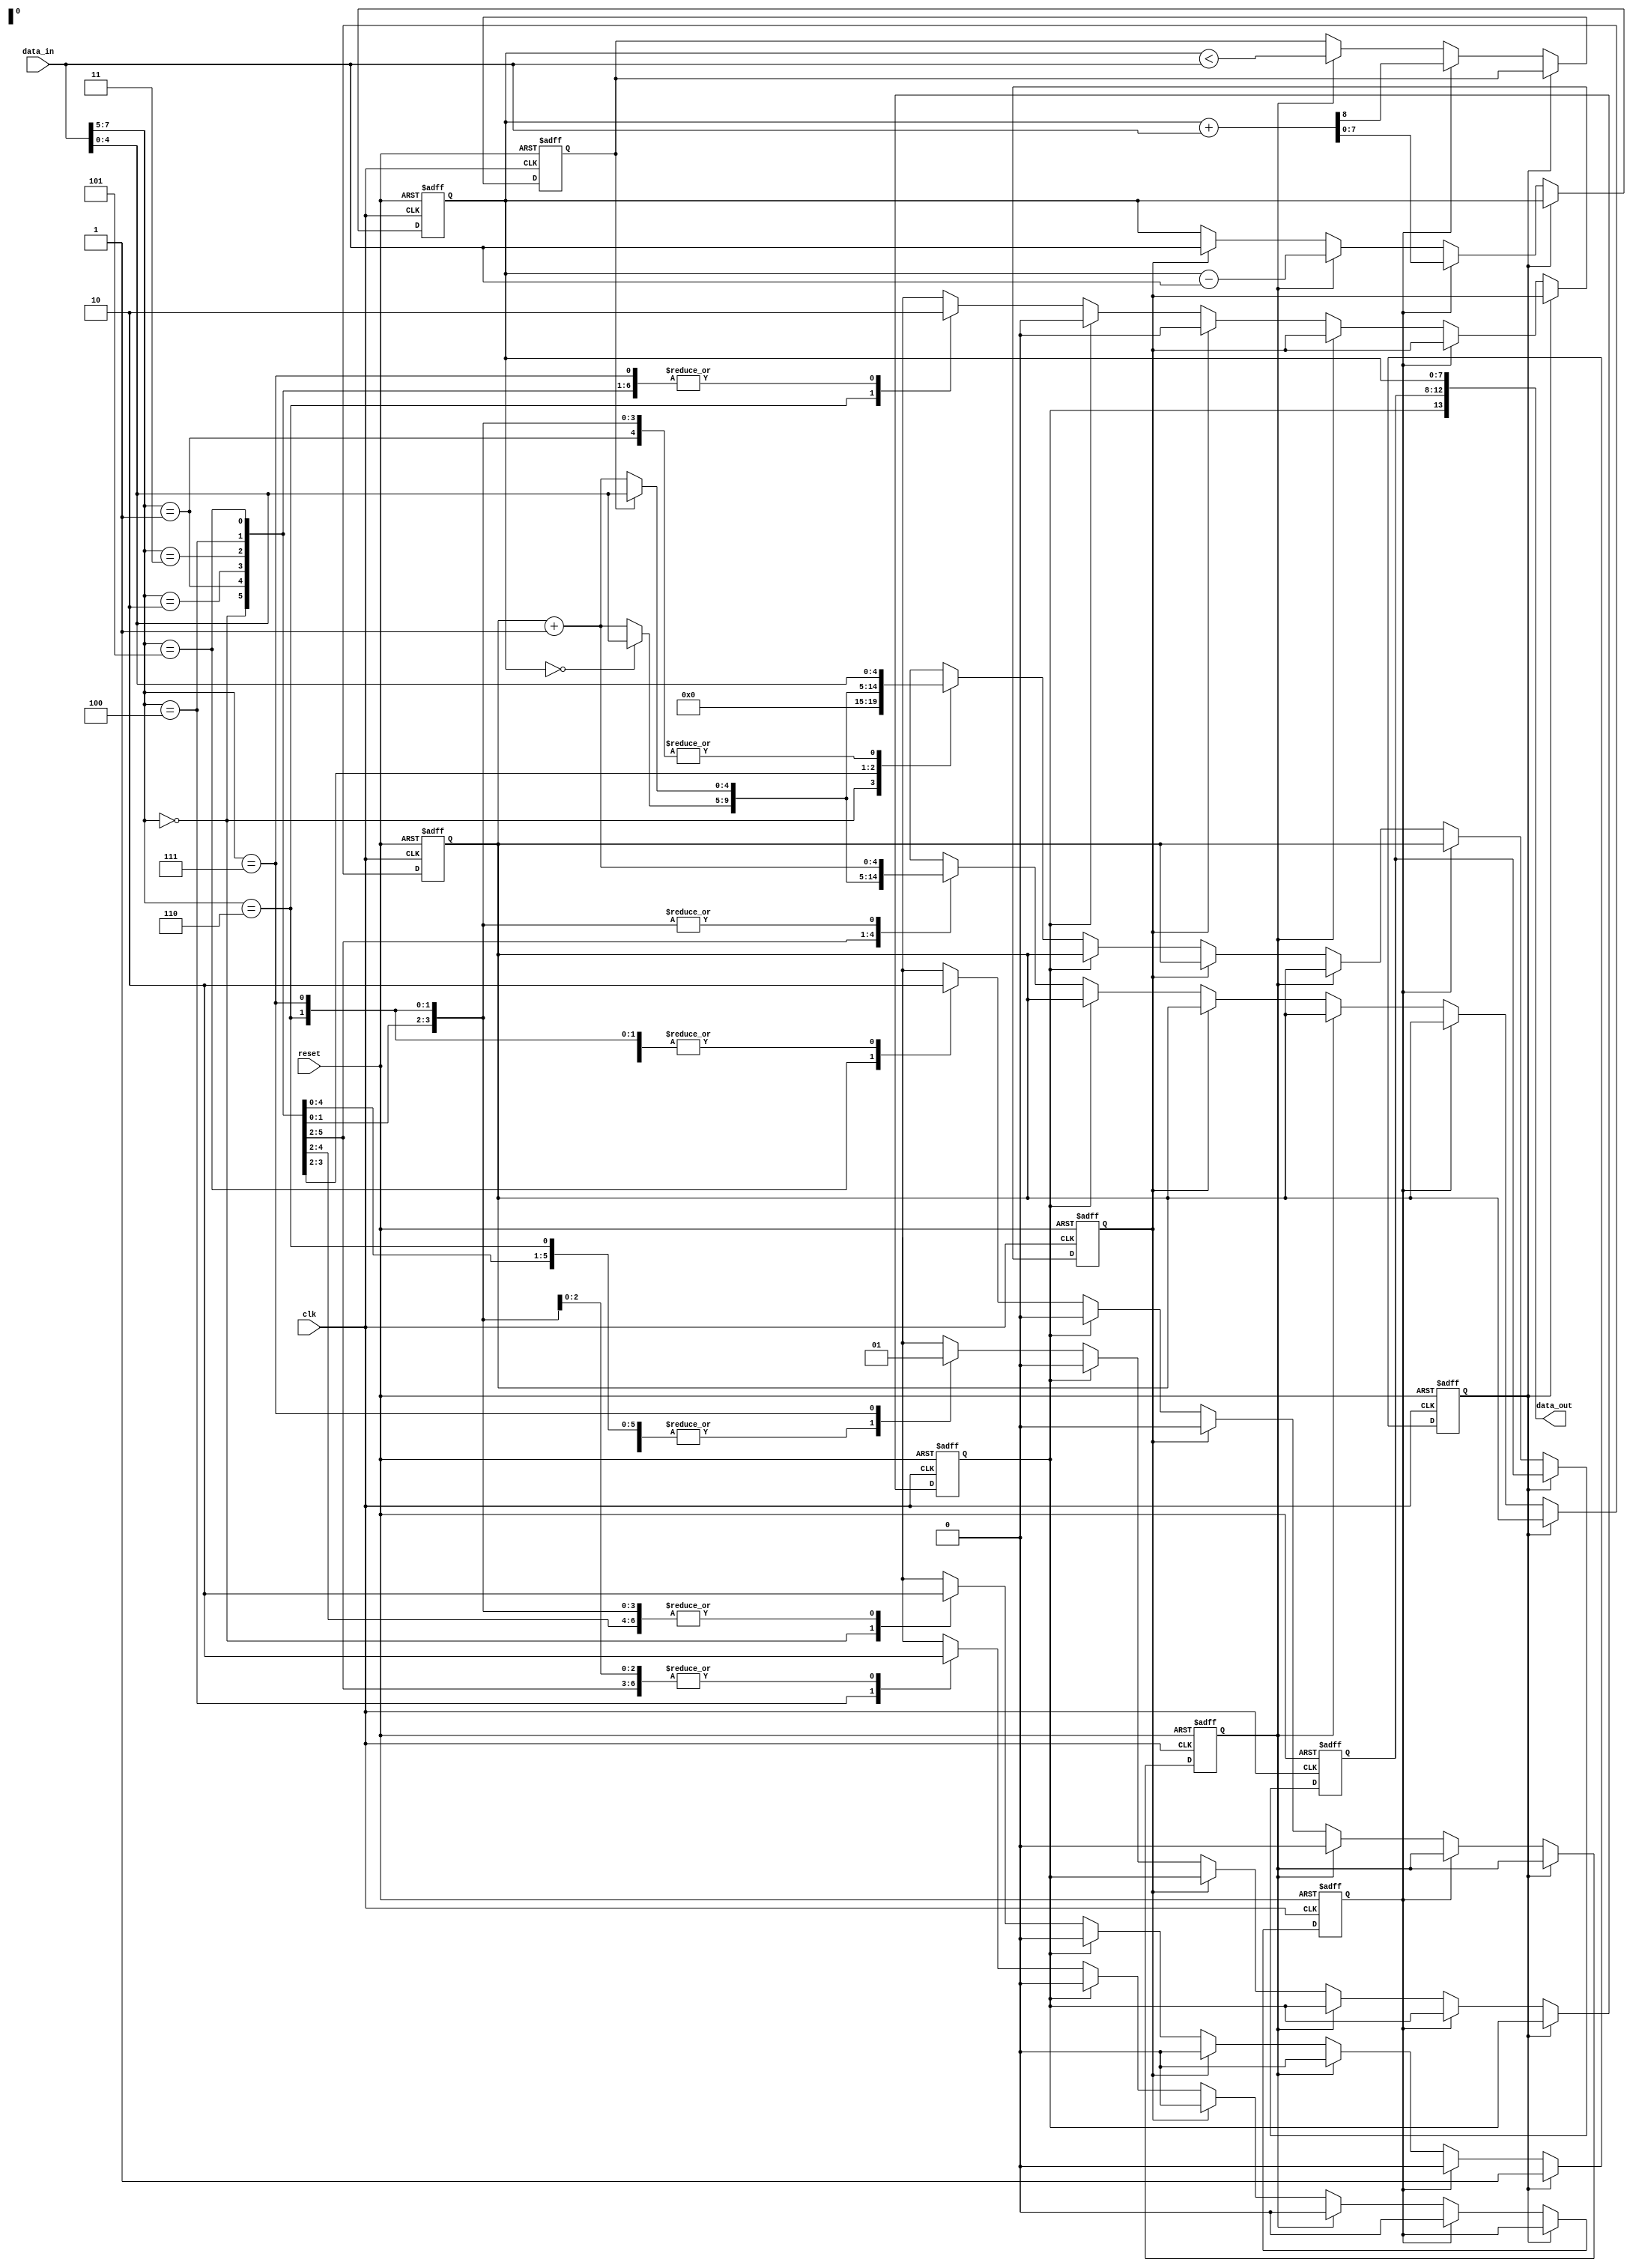
`timescale 1ns / 1ps
// Simpletron 2.0 8-bit microprocessor
// 8 instructions: HALT, BRANCH, BRIFACC, BRIFOVF, ADD, SUBTRACT, LOAD, STORE encoded in 3-bit respectively
// 5-bit program memory adressing: requires 32-word memory
// 5 1-bit state registers, 1-bit overflow register, 8-bit accumulator, 5-bit ADDress buffer, 5-bit program counter (24 bit total)
// Muhammed Husrev Cilasun @ Istanbul Technical University, 2014
module Simpletron( 
	input clk, 
	input reset, 
	input [7:0] data_in, 
	output [13:0] data_out
);

reg haltstate, overflow, af, sf, ldf, stf; // State Registers
reg [4:0] pc; // Program Counter
reg [4:0] adbuff; // Data_Out Address Buffer
reg [7:0] acc; // Accumulator

//-------------INSTRUCTION SET-------------//
localparam [2:0] HALT = 3'b000, 
					  BRANCH = 3'b001,	
					  BRIFACC = 3'b010,
					  BRIFOVF = 3'b011,
					  ADD = 3'b100,
					  SUBTRACT = 3'b101, 
					  LOAD = 3'b110,
					  STORE = 3'b111;
//-----------------------------------------//				  
always @(posedge clk,posedge reset)
if(reset) 
begin // This determines the reset conditions.
	haltstate = 1'b0; 
	overflow = 1'b0; 
	af = 1'b0; 
	sf = 1'b0; 
	ldf = 1'b0; 
	stf = 1'b0; 
	pc = 5'b00000; 
	acc = 8'b00000000; 
	adbuff = 5'b00000; 
end
else
	if(~haltstate) // Once haltstate flag is activated, execution stops.
		if(af) // Check if the add flag is active
			begin 
				{overflow,acc} = acc+data_in; // Add data_in with the accumulator
				af = 1'b0; // Deactivate the add flag
				adbuff = pc; 
			end
		else if(sf) // Check if the subtract flag is active
			begin 
				overflow = acc < data_in; // Set overflow flag active if necessary
				acc = acc-data_in; sf = 1'b0; // Subtract data_in from the accumulator
				sf = 1'b0; // Deactivate the subtract flag
				adbuff = pc; 
			end 
		else if(ldf) // Check if the load flag is active
			begin 
				acc = data_in; // Forward received data to the accumulator
				ldf = 1'b0; // Deactivate the load flag
				adbuff = pc; 
			end
		else if(stf) // Check if the store flag is active
			begin   
				stf = 1'b0; // Deactivate the store flag
				adbuff = pc; 
			end
		else  // If no flag is activated, then the instruction decoder decodes data_in[7:5]
			case(data_in[7:5])    
			HALT: 
				begin 
					haltstate = 1; // Activate haltstate flag
					adbuff = 5'b00000; 
					pc = 5'b00000; 
				end
			BRANCH: 
				begin 
					adbuff = data_in[4:0]; // set address buffer to the incoming address
					pc = data_in[4:0]; // set program counter to the incoming address
				end
			BRIFACC: 
				if(acc==8'h00) // check if accumulator is empty
					begin  
						adbuff = data_in[4:0]; // set address buffer to the incoming address
						pc = data_in[4:0]; // set program counter to the incoming address
					end 
				else 
					begin 
						pc = pc+1;
						adbuff = pc; 
					end 
			BRIFOVF: 
				if(overflow) // check if there is overflow
					begin 
						adbuff = data_in[4:0]; // set address buffer to the incoming address
						pc = data_in[4:0]; // set program counter to the incoming address
					end
				else 
					begin 
						pc = pc+1; 
						adbuff = pc; 
					end 
			ADD: 
				begin 
					af = 1'b1; // Activate the add flag
					adbuff = data_in[4:0]; 
					pc = pc+1;
				end
			SUBTRACT: 
				begin 
					sf = 1'b1; // Activate the subtract flag
					adbuff = data_in[4:0]; 
					pc = pc+1;
				end
			LOAD: 
				begin 
					ldf = 1'b1; // Activate the load flag
					adbuff = data_in[4:0]; 
					pc = pc+1;
				end 
			STORE: 
				begin 
					stf = 1'b1; // Activate the store flag
					adbuff = data_in[4:0]; 
					pc = pc+1;
				end
			endcase 
			
assign data_out = {stf,adbuff,acc}; // 14-bit output: 1-write bit, 5 address bits, 8 data bits
endmodule